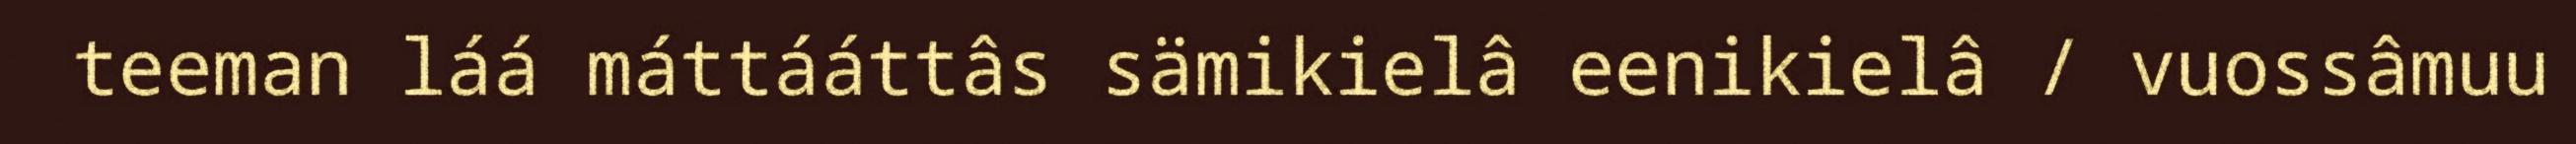
teeman láá máttááttâs sämikielâ eenikielâ / vuossâmuu